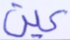
عين